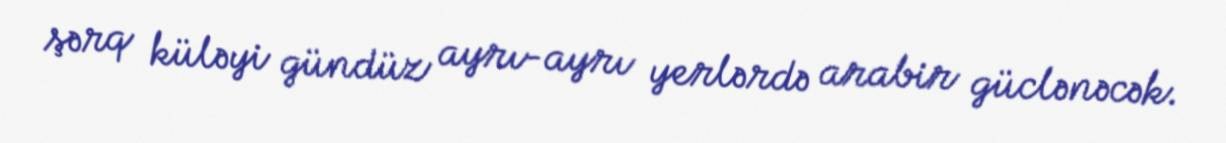
şərq küləyi gündüz ayrı-ayrı yerlərdə arabir güclənəcək.